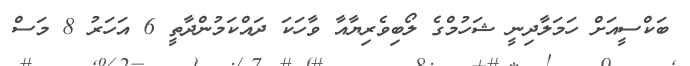
ބަކްސީއަށް ހަމަލާދިނީ ޝަހުމްގެ ލޯބިވެރިޔާއާ ވާހަކަ ދައްކަމުންދާތީ 6 އަހަރު 8 މަސް